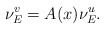
\begin{align*}\nu_E^v=A(x)\nu_E^u.\end{align*}